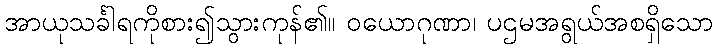
အာယုသင်္ခါရကိုစား၍သွားကုန်၏။ ဝယောဂုဏာ၊ ပဌမအရွယ်အစရှိသော